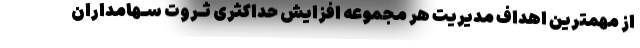
از مهمترین اهداف مدیریت هر مجموعه افزایش حداکثری ثـروت سـهامداران